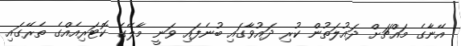
އޭނާގެ މައްޗަށް ދައުލަތުން ކުރި ދައުވާގައި ބުނެފައި ވަނީ މާލޭގެ ކޮޓަރިއެއްގެ ތެރޭގައި